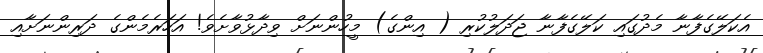
އެކަލޭގެފާނާ މެދުގައި ކަލޭގެފާނާ ޖަދަލުކުރި ( އިންގެ) މީހުންނަށް ވިދާޅުވާށެވެ! އަހަރެމެންގެ ދަރިންނަށާއި